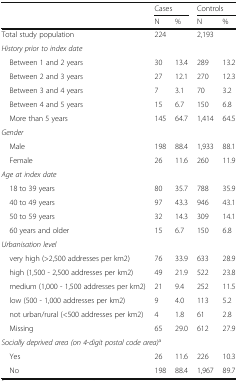
<table><thead><tr><td></td><td colspan="2"><b>Cases</b></td><td colspan="2"><b>Controls</b></td></tr><tr><td></td><td><b>N</b></td><td><b>%</b></td><td><b>N</b></td><td><b>%</b></td></tr></thead><tbody><tr><td>Total study population</td><td>224</td><td></td><td>2,193</td><td></td></tr><tr><td colspan="5"><i>History prior to index date</i></td></tr><tr><td> Between 1 and 2 years</td><td>30</td><td>13.4</td><td>289</td><td>13.2</td></tr><tr><td> Between 2 and 3 years</td><td>27</td><td>12.1</td><td>270</td><td>12.3</td></tr><tr><td> Between 3 and 4 years</td><td>7</td><td>3.1</td><td>70</td><td>3.2</td></tr><tr><td> Between 4 and 5 years</td><td>15</td><td>6.7</td><td>150</td><td>6.8</td></tr><tr><td> More than 5 years</td><td>145</td><td>64.7</td><td>1,414</td><td>64.5</td></tr><tr><td colspan="5"><i>Gender</i></td></tr><tr><td> Male</td><td>198</td><td>88.4</td><td>1,933</td><td>88.1</td></tr><tr><td> Female</td><td>26</td><td>11.6</td><td>260</td><td>11.9</td></tr><tr><td colspan="5"><i>Age at index date</i></td></tr><tr><td> 18 to 39 years</td><td>80</td><td>35.7</td><td>788</td><td>35.9</td></tr><tr><td> 40 to 49 years</td><td>97</td><td>43.3</td><td>946</td><td>43.1</td></tr><tr><td> 50 to 59 years</td><td>32</td><td>14.3</td><td>309</td><td>14.1</td></tr><tr><td> 60 years and older</td><td>15</td><td>6.7</td><td>150</td><td>6.8</td></tr><tr><td colspan="5"><i>Urbanisation level</i></td></tr><tr><td> very high (&gt;2,500 addresses per km2)</td><td>76</td><td>33.9</td><td>633</td><td>28.9</td></tr><tr><td> high (1,500 - 2,500 addresses per km2)</td><td>49</td><td>21.9</td><td>522</td><td>23.8</td></tr><tr><td> medium (1,000 - 1,500 addresses per km2)</td><td>21</td><td>9.4</td><td>252</td><td>11.5</td></tr><tr><td> low (500 - 1,000 addresses per km2)</td><td>9</td><td>4.0</td><td>113</td><td>5.2</td></tr><tr><td> not urban/rural (&lt;500 addresses per km2)</td><td>4</td><td>1.8</td><td>61</td><td>2.8</td></tr><tr><td> Missing</td><td>65</td><td>29.0</td><td>612</td><td>27.9</td></tr><tr><td colspan="5"><i>Socially deprived area (on 4-digit postal code area)</i><sup>a</sup></td></tr><tr><td> Yes</td><td>26</td><td>11.6</td><td>226</td><td>10.3</td></tr><tr><td> No</td><td>198</td><td>88.4</td><td>1,967</td><td>89.7</td></tr></tbody></table>